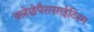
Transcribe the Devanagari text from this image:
क्लेप्टोपैरासाईटिस्म